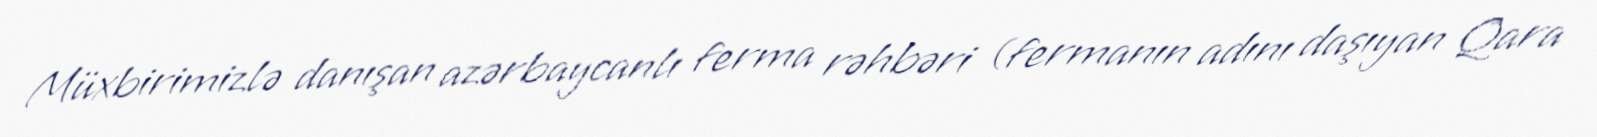
Müxbirimizlə danışan azərbaycanlı ferma rəhbəri (fermanın adını daşıyan Qara